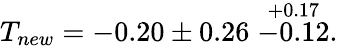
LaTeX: T_{new}=-0.20\pm 0.26\stackrel{+0.17}{-0.12}.